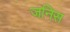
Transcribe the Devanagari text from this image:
जनिस